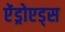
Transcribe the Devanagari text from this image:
ऐंड्रोएड्स